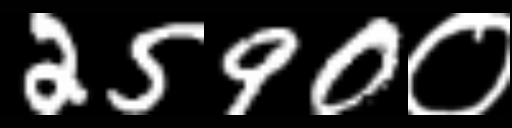
Text: 2590०